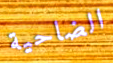
الضاحية